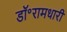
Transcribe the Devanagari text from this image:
डॉ॰रामधारी